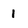
Character: 1